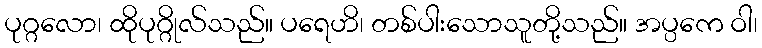
ပုဂ္ဂလော၊ ထိုပုဂ္ဂိုလ်သည်။ ပရေဟိ၊ တစ်ပါးသောသူတို့သည်။ အပ္ပကေ ဝါ၊